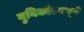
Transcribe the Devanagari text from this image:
युनिकोडमध्‍ये